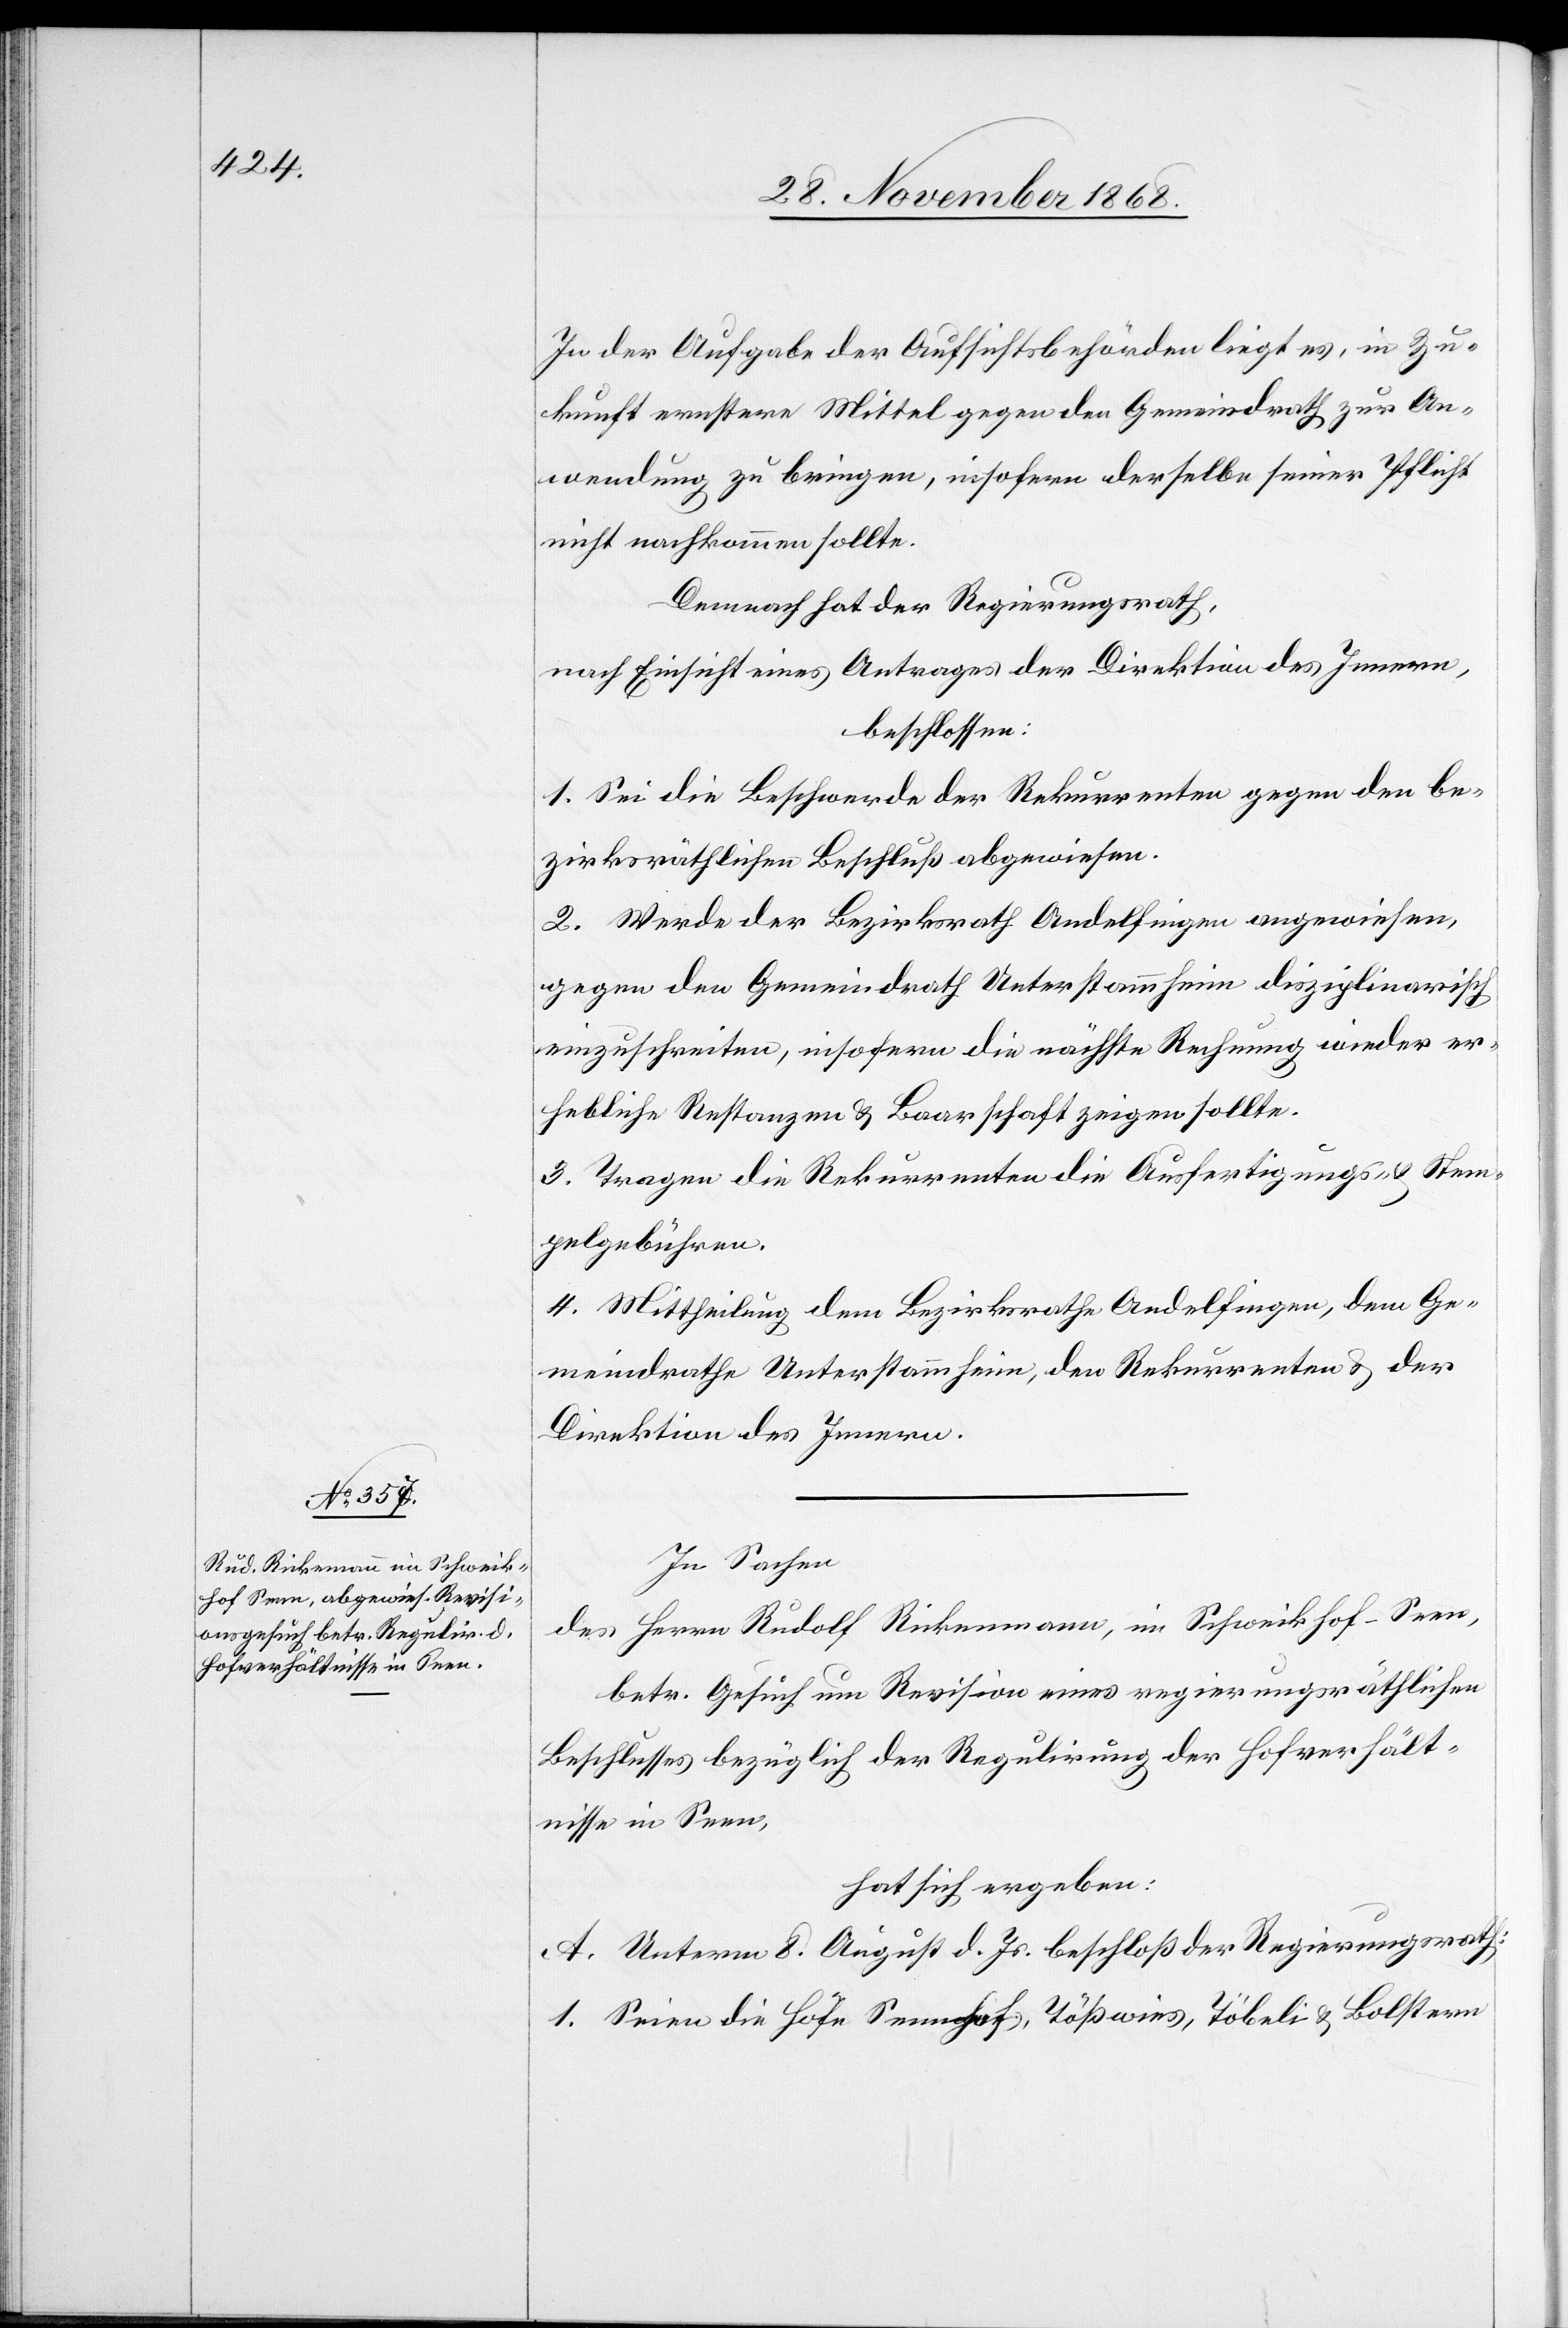
In der Aufgabe der Aufsichtsbehörden liegt es, in Zu¬
kunft ernstere Mittel gegen den Gemeindrath zur An¬
wendung zu bringen, insofern derselbe seiner Pflicht
nicht nachkommen sollte.
Demnach hat der Regierungsrath,
nach Einsicht eines Antrages der Direktion des Innern,
beschlossen:
1. Sei die Beschwerde der Rekurrenten gegen den be¬
zirksräthlichen Beschluß abgewiesen.
2. Werde der Bezirksrath Andelfingen angewiesen,
gegen den Gemeindrath Unterstammheim disziplinarisch
einzuschreiten, insofern die nächste Rechnung wieder er¬
hebliche Restanzen & Baarschaft zeigen sollte.
3. Tragen die Rekurrenten die Ausfertigungs- & Stem¬
pelgebühren.
4. Mittheilung dem Bezirksrathe Andelfingen, dem Ge¬
meindrathe Unterstammheim, den Rekurrenten & der
Direktion des Innern.
In Sachen
des Herrn Rudolf Rickenmann [sic!], im Schweikhof - Seen,
betr. Gesuch um Revision eines regierungsräthlichen
Beschlusses bezüglich der Regulirung der Hofverhält¬
nisse in Seen,
hat sich ergeben:
A. Unterm 8. August d. Js. beschloß der Regierungsrath:
1. Seien die Höfe Sennhof, Tößwies, Töbeli & Bolstern